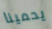
يحمينا